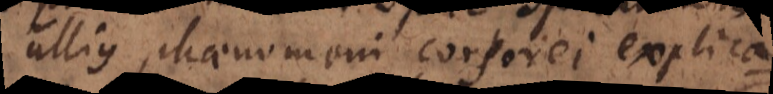
ullius phaenomeni corporei explicationem,